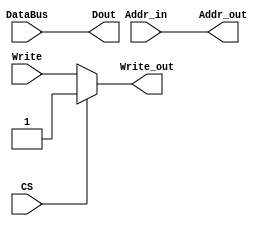
`timescale 1ns / 1ps
//////////////////////////////////////////////////////////////////////////////////
// Company: 
// Engineer: 
// 
// Design Name: 
// Module Name:    V1 
// Project Name: 
// Target Devices: 
// Tool versions: 
// Description: 
//
// Dependencies: 
//
// Revision: 
// Revision 0.01 - File Created
// Additional Comments: 
//
//////////////////////////////////////////////////////////////////////////////////
module V1(Addr_in, Addr_out,DataBus,Dout,CS,Write,Write_out);
    input [25:0] Addr_in;
    output [25:0] Addr_out;
	 output [15:0] Dout;					//used for writing
	 input Write;
	 input CS;
	 input [15:0] DataBus;
	 output Write_out;

	 
	 assign Addr_out=Addr_in; 	
	 assign Write_out=(~CS)? Write:1;//if cs=0;Writ_out=Write
	 assign Dout=DataBus;

endmodule